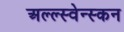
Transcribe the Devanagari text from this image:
अल्ल्स्वेन्स्कन